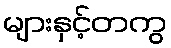
များနှင့်တကွ